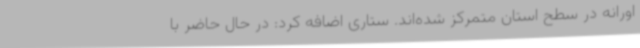
اورانه در سطح استان متمرکز شده‌اند. ستاری اضافه کرد: در حال حاضر با